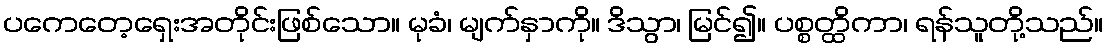
ပကေတေ့ရှေးအတိုင်းဖြစ်သော။ မုခံ၊ မျက်နှာကို။ ဒိသွာ၊ မြင်၍။ ပစ္စတ္ထိကာ၊ ရန်သူတို့သည်။